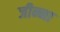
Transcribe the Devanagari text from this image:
जीन्ना